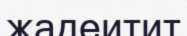
жадеитит